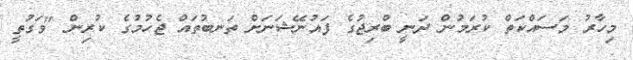
މިހާރު މަސައްކަތް ކުރަމުން ދަނީ ބްރިޖުގެ ފައުނޭޝަނަށް ތަނބުތައް ޖެހުމުގެ ކުރިން "ވަގުތީ